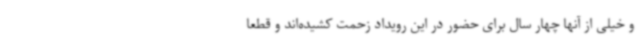
و خیلی از آنها چهار سال برای حضور در این رویداد زحمت کشیده‌اند و قطعا